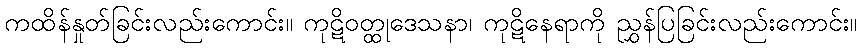
ကထိန်နှုတ်ခြင်းလည်းကောင်း။ ကုဋိဝတ္ထုဒေသနာ၊ ကုဋိနေရာကို ညွှန်ပြခြင်းလည်းကောင်း။